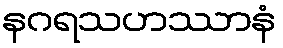
နဂရသဟဿာနံ